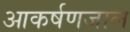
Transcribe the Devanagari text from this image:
आकर्षणजाल